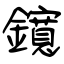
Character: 鑧